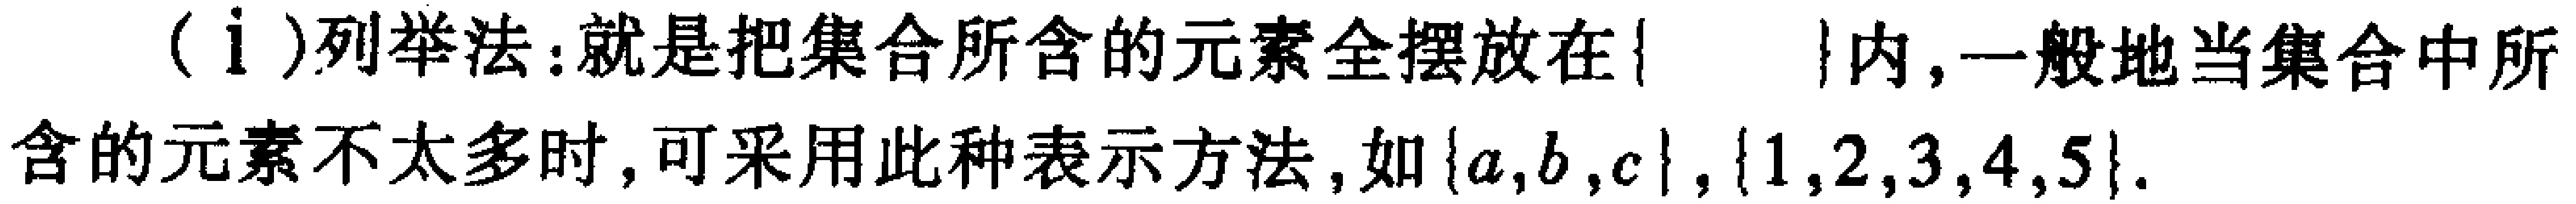
（i）列举法：就是把集合所含的元素全摆放在\(\{\}\)内，一般地当集合中所含的元素不太多时，可采用此种表示方法，如\(\{a,b,c\},\{1,2,3,4,5\}\)。